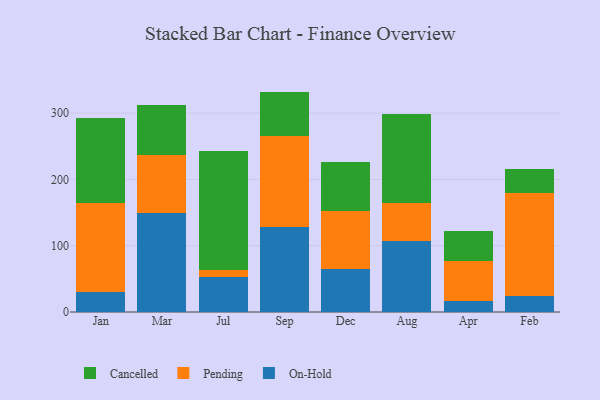
{"axis": {"x": "Month", "y": "Latency (ms)"}, "legend": ["Cancelled", "On-Hold", "Pending"], "data": [{"x": "Jan", "y": 30.4, "type": "On-Hold"}, {"x": "Jan", "y": 134.3, "type": "Pending"}, {"x": "Jan", "y": 128.2, "type": "Cancelled"}, {"x": "Mar", "y": 149.9, "type": "On-Hold"}, {"x": "Mar", "y": 87.3, "type": "Pending"}, {"x": "Mar", "y": 75.3, "type": "Cancelled"}, {"x": "Jul", "y": 53.4, "type": "On-Hold"}, {"x": "Jul", "y": 10.3, "type": "Pending"}, {"x": "Jul", "y": 179.8, "type": "Cancelled"}, {"x": "Sep", "y": 128.6, "type": "On-Hold"}, {"x": "Sep", "y": 137.1, "type": "Pending"}, {"x": "Sep", "y": 66.7, "type": "Cancelled"}, {"x": "Dec", "y": 64.4, "type": "On-Hold"}, {"x": "Dec", "y": 88.0, "type": "Pending"}, {"x": "Dec", "y": 74.3, "type": "Cancelled"}, {"x": "Aug", "y": 106.6, "type": "On-Hold"}, {"x": "Aug", "y": 58.1, "type": "Pending"}, {"x": "Aug", "y": 134.2, "type": "Cancelled"}, {"x": "Apr", "y": 16.0, "type": "On-Hold"}, {"x": "Apr", "y": 60.2, "type": "Pending"}, {"x": "Apr", "y": 46.0, "type": "Cancelled"}, {"x": "Feb", "y": 23.8, "type": "On-Hold"}, {"x": "Feb", "y": 155.7, "type": "Pending"}, {"x": "Feb", "y": 35.6, "type": "Cancelled"}]}